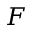
F